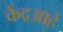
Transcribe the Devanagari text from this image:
केंद्रआहे